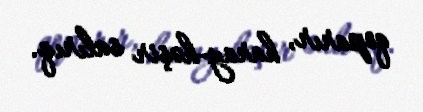
qoparır, haray-həşir salırıq.